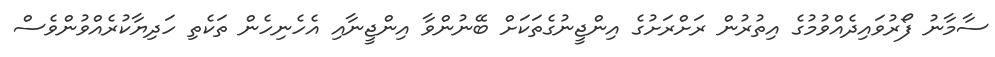
ސާމާނު ފޯރުވައިދެއްވުމުގެ އިތުރުން ރަށްރަށުގެ އިންޖީނުގެތަކަށް ބޭނުންވާ އިންޖީނާއި އެހެނިހެން ތަކެތި ހަދިޔާކުރެއްވުންވެސް